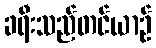
ခရီးသည်တင်ယာဉ်